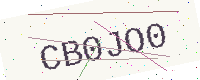
Text: CB0JO0